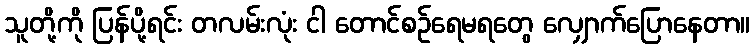
သူတို့ကို ပြန်ပို့ရင်း တလမ်းလုံး ငါ တောင်စဉ်ရေမရတွေ လျှောက်ပြောနေတာ။